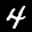
Label: 4